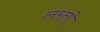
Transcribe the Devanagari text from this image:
लरतो